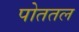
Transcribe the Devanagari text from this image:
पोततल